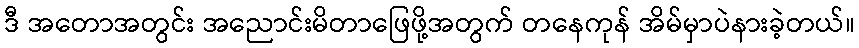
ဒီ အတောအတွင်း အညောင်းမိတာဖြေဖို့အတွက် တနေကုန် အိမ်မှာပဲနားခဲ့တယ်။